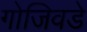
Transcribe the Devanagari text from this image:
गोजिवडे